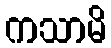
ကသာမိ